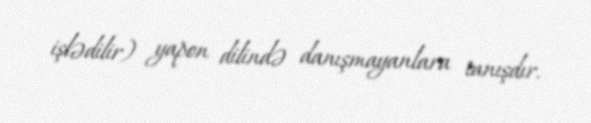
işlədilir) yapon dilində danışmayanlara tanışdır.